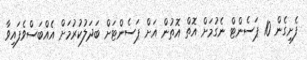
ފެށިގެން 10 ޕަސެންޓް ނެގުމަށް އޮތް އޮތުން އަށް ޕަސެންޓަށް ބަދަލުކުރުމަށް އެއްބަސްވެފައިވާ